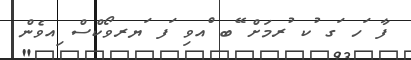
ފާ ަހ ަގ ުކ ުރމަށް ޭބ ްއވި ަފ ަޔރވޯކްސް ިއވެން